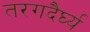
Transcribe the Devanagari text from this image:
तरगदैर्घ्य